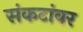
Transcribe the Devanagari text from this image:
संकटांवर